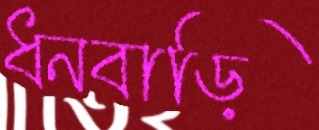
ধনবাড়ি